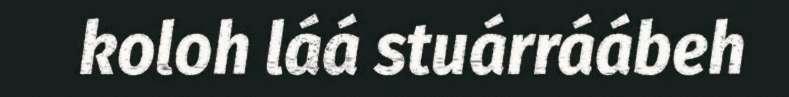
koloh láá stuárráábeh